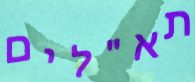
תא"לים